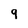
Character: 9